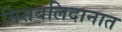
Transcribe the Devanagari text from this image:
मिसबलिदानात